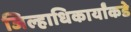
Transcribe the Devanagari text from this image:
जिल्हाधिकार्यांकडे